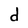
Character: d